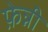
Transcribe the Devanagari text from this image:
फ़ेन्नी